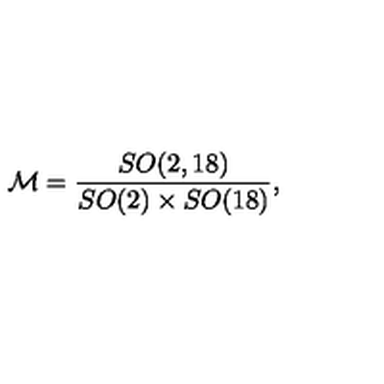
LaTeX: { \cal M } = { \frac { S O ( 2 , 1 8 ) } { S O ( 2 ) \times S O ( 1 8 ) } } ,